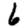
Digit: 6